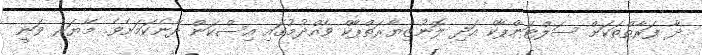
ދާ ފަރާތްތަކަށް ސަލްޓަންޕާކް އަދި ލޮނުޒިޔާރަތްޕާކް ވެއްދުމުގައި އިސްކަން ދޭނެކަމަށެވެ. މޭޔަރ ވަނީ